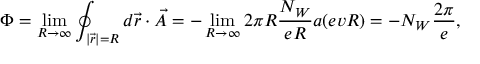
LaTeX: \Phi = \operatorname * { l i m } _ { R \rightarrow \infty } \oint _ { | \vec { r } | = R } d \vec { r } \cdot \vec { A } = - \operatorname * { l i m } _ { R \rightarrow \infty } 2 \pi R \frac { N _ { W } } { e R } a ( e v R ) = - N _ { W } \frac { 2 \pi } { e } ,